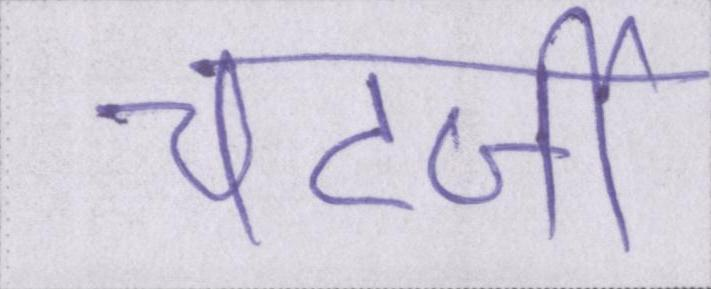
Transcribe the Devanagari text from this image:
चटर्जी